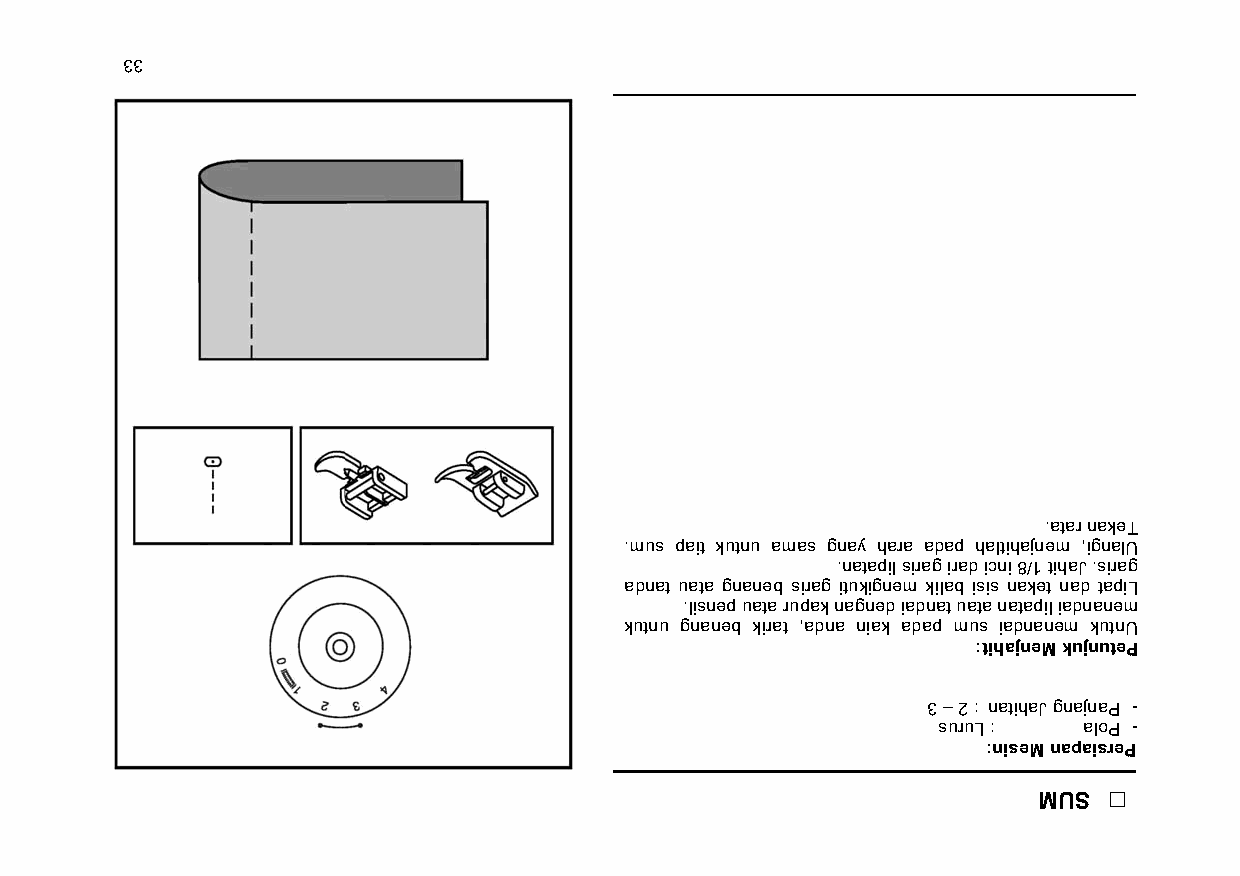
33
 .atar nakeT
 .mus pait kutnu amas gnay hara adap haltihajnem ,ignalU
 .natapil sirag irad icni 8/1 tihaJ .sirag
 adnat uata gnaneb sirag itukignem kilab isis naket nad tapiL
 .lisnep uata rupak nagned iadnat uata natapil iadnanem
 kutnu gnaneb kirat ,adna niak adap mus iadnanem kutnU
 :tihajneM kujnuteP
 3 – 2 : natihaJ gnajnaP -
 suruL :   aloP -
 :niseM napaisreP
 MUS